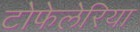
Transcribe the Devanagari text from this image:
टोफेलेरिया